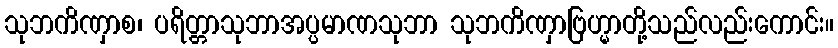
သုဘကိဏှာစ၊ ပရိတ္တာသုဘာအပ္ပမာဏသုဘာ သုဘကိဏှာဗြဟ္မာတို့သည်လည်းကောင်း။